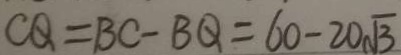
C Q = B C - B Q = 6 0 - 2 0 \sqrt { 3 }